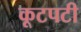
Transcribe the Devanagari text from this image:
कूटपटी